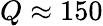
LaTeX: Q\approx 150